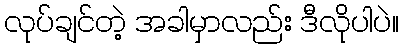
လုပ်ချင်တဲ့ အခါမှာလည်း ဒီလိုပါပဲ။